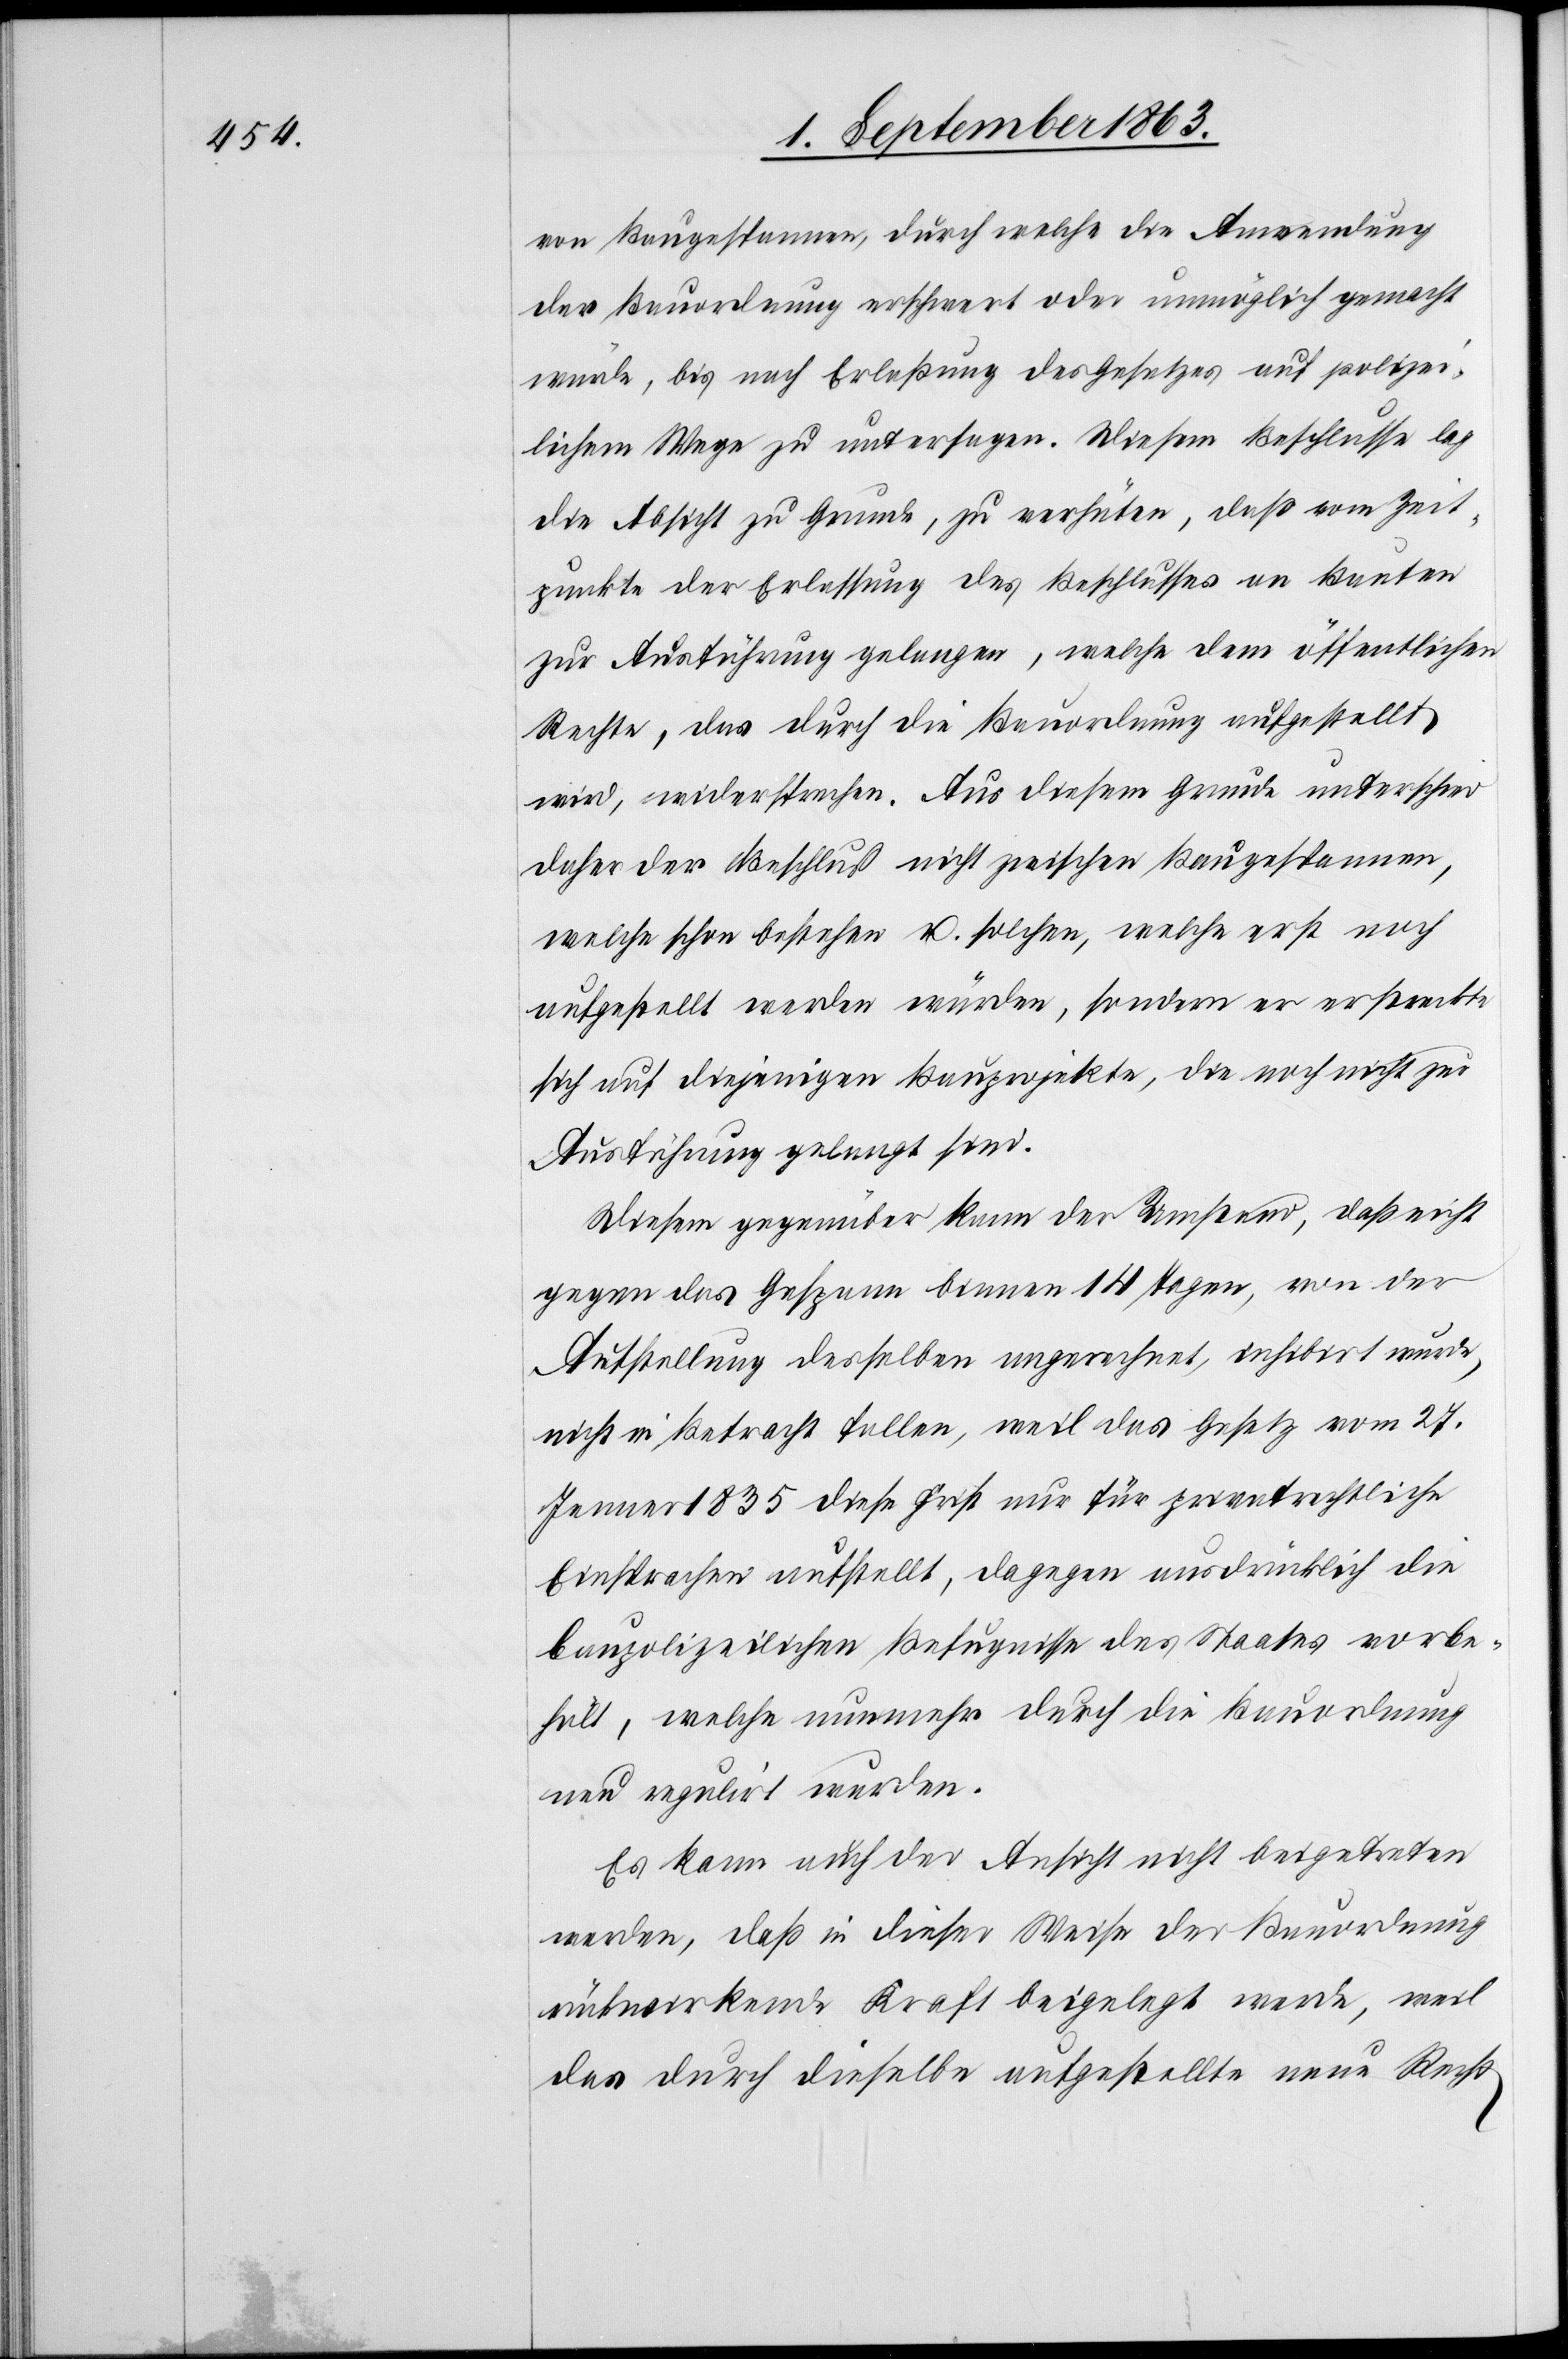
von Baugespannen, durch welche die Anwendung
der Bauordnung erschwert oder unmöglich gemacht
würde, bis nach Erlaßung des Gesetzes auf polizei¬
lichem Wege zu untersagen. Diesem Beschlusse lag
die Absicht zu Grunde, zu verhüten, daß vom Zeit¬
punkte der Erlassung des Beschlusses an Bauten
zur Ausführung gelangen, welche dem öffentlichen
Rechte, das durch die Bauordnung aufgestellt
wird, widersprechen. Aus diesem Grunde unterschied
daher der Beschluß nicht zwischen Baugespannen,
welche schon bestehen u. solchen, welche erst noch
aufgestellt werden würden, sondern er erstreckte
sich auf diejenigen Bauprojekte, die noch nicht zur
Ausführung gelangt sind.
Diesem gegenüber kann der Umstand, daß nicht
gegen das Gespann binnen 14 Tagen, von der
Aufstellung desselben angerechnet, inhibirt wurde,
nicht in Betracht fallen, weil das Gesetz vom 27.
Jenner 1835 diese Frist nur für privatrechtliche
Einsprachen aufstellt, dagegen ausdrücklich die
baupolizeilichen Befugnisse des Staates vorbe¬
hält, welche nunmehr durch die Bauordnung
neu regulirt wurden.
Es kann auch der Ansicht nicht beigetreten
werden, daß in dieser Weise der Bauordnung
rückwirkende Kraft beigelegt werde, weil
das durch dieselbe aufgestellte neue Recht